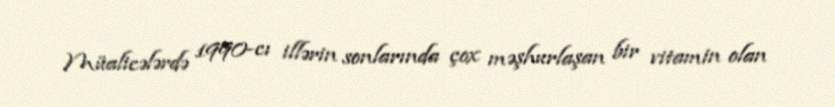
Müalicələrdə 1990-cı illərin sonlarında çox məşhurlaşan bir vitamin olan